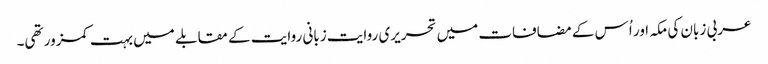
عربی زبان کی مکہ اور اُس کے مضافات میں تحریری روایت زبانی روایت کے مقابلے میں بہت کمزور تھی۔